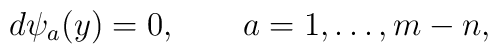
d\psi_a(y) = 0, \qquad a = 1,\ldots, m-n,